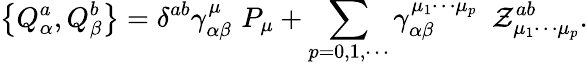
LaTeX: \left\{ Q_{\alpha}^{a},Q_{\beta}^{b}\right\} =\delta^{ab}\gamma_{\alpha\beta}^{\mu}\, \, P_{\mu}+\sum_{p=0,1,\cdots}\gamma_{\alpha\beta}^{\mu_{1}\cdots\mu_{p}}\, \, \, \mathcal{Z}_{\mu_{1}\cdots\mu_{p}}^{ab}.